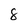
Character: 8